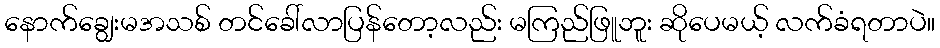
နောက်ချွေးမအသစ် တင်ခေါ်လာပြန်တော့လည်း မကြည်ဖြူဘူး ဆိုပေမယ့် လက်ခံရတာပဲ။